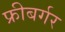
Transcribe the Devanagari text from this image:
फ्रीबर्गर